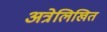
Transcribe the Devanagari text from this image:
अत्रेलिखित